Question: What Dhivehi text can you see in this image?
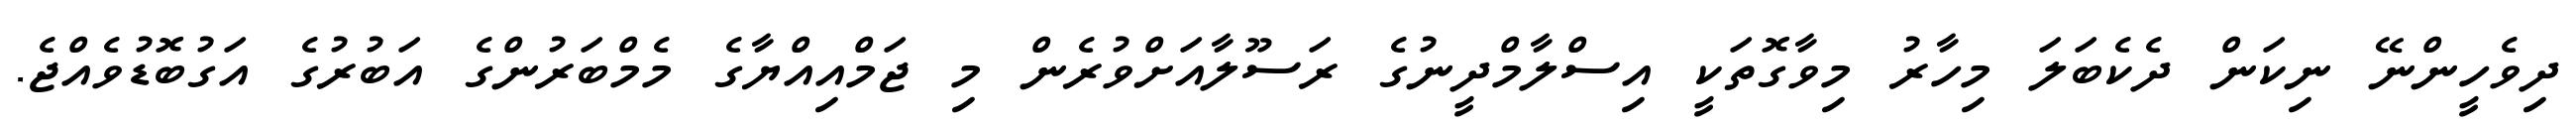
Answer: ދިވެހީންނޭ ނިކަން ދެކެބަލަ މިހާރު މިވާގޮތަކީ އިސްލާމްދީނުގެ ރަސޫލާއަށްވުރެން މި ޖަމްއިއްޔާގެ މެމްބަރުންގެ އަބުރުގެ އަގުބޮޑުވެއްޖެ.